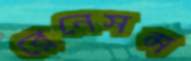
রেনেসন্স